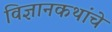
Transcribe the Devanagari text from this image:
विज्ञानकथांचे